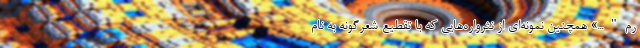
رم"...» همچنین نمونه‌ای از نثرواره‌هایی که با تقطیع شعرگونه به نام